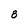
Character: 8